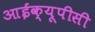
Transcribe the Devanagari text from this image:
आईक्यूपीसी